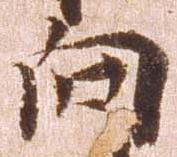
向